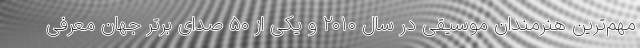
مهم‌ترین هنرمندان موسیقی در سال ۲۰۱۰ و یکی از ۵۰ صدای برتر جهان معرفی